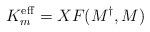
LaTeX: \begin{align*}K_m^{\rm eff} = X F(M^{\dag}, M)\end{align*}